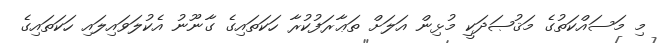
މި މަސައްކަތުގެ މަޤުޞަދަކީ މުޅިން އަލަށް ތަޢާރަފުކުރާ ހަކަތައިގެ ގާނޫނު އެކުލަވައިލައި ހަކަތައިގެ